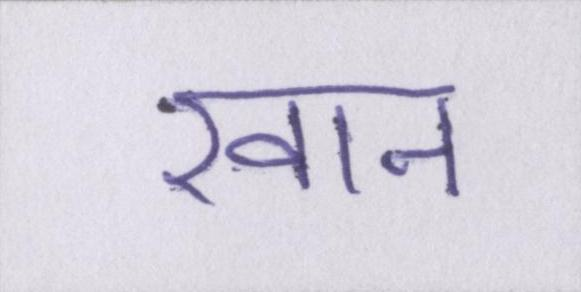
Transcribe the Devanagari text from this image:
खान